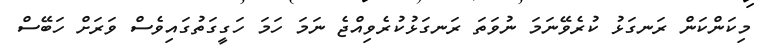
މިކަންކަން ރަނގަޅު ކުރެވޭނަމަ ނުވަތަ ރަނގަޅުކުރެވިއްޖެ ނަމަ ހަމަ ހަގީގަތުގައިވެސް ވަރަށް ހަބޭސް